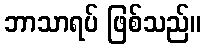
ဘာသာရပ် ဖြစ်သည်။